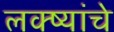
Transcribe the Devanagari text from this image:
लक्ष्यांचे